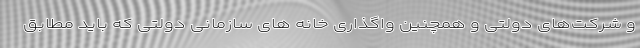
و شرکت‌های دولتی و همچنین واگذاری خانه های سازمانی دولتی که باید مطابق